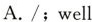
A./;well